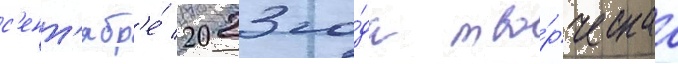
с'ент'ябр'е́ 2023 го́да тво́рческаа